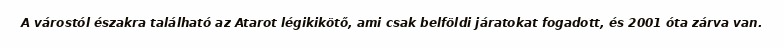
A várostól északra található az Atarot légikikötő, ami csak belföldi járatokat fogadott, és 2001 óta zárva van.